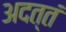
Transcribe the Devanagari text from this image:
अदत्तं